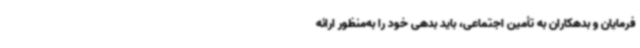
فرمایان و بدهکاران به تأمین اجتماعی، باید بدهی خود را به‌منظور ارائه